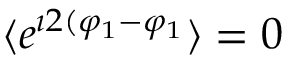
\langle e ^ { \imath 2 ( \varphi _ { 1 } - \varphi _ { 1 } } \rangle = 0